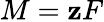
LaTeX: M=\mathbf{z}F